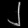
Digit: ၂